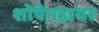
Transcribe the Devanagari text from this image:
शोपेनहायर